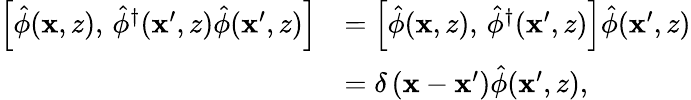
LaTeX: \begin{array}{rl}{\Bigl[\hat{\phi}(\mathbf{x},z),\, \hat{\phi}^{\dagger}(\mathbf{x}^{\prime},z)\hat{\phi}(\mathbf{x}^{\prime},z)\Bigr]}&{=\Bigl[\hat{\phi}(\mathbf{x},z),\, \hat{\phi}^{\dagger}(\mathbf{x}^{\prime},z)\Bigr]\hat{\phi}(\mathbf{x}^{\prime},z)}\\ &{=\delta\left(\mathbf{x}-\mathbf{x}^{\prime}\right)\hat{\phi}(\mathbf{x}^{\prime},z),}\end{array}